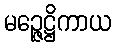
မဉ္ဇေဋ္ဌိကာယ